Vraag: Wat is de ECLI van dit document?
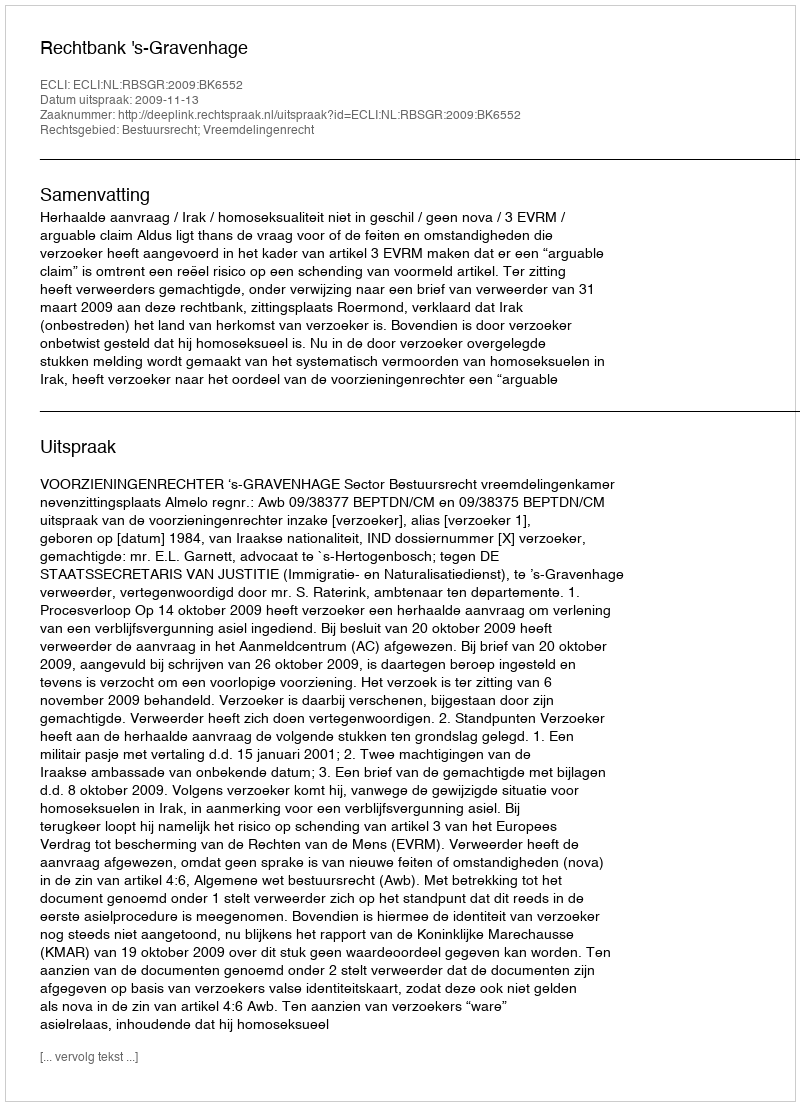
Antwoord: ECLI:NL:RBSGR:2009:BK6552